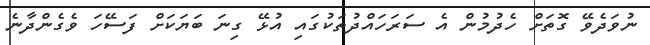
ނުވަދެވޭ ގޮތަށް ހެދުމުން އެ ސަރަހައްދުތަކުގައި އުޅޭ ގިނަ ބަޔަކަށް ފަސޭހަ ވެގެންދާނެ